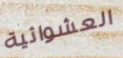
العشوائية